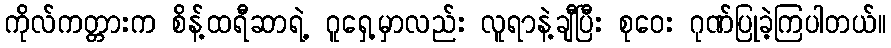
ကိုလ်ကတ္တားက စိန့်ထရီဆာရဲ့ ဂူရှေ့မှာလည်း လူရာနဲ့ချီပြီး စုဝေး ဂုဏ်ပြုခဲ့ကြပါတယ်။